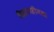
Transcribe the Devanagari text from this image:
विश्रामहीनता